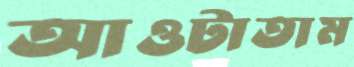
আওটাতাম